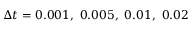
\Delta t = 0 . 0 0 1 , \ 0 . 0 0 5 , \ 0 . 0 1 , \ 0 . 0 2